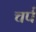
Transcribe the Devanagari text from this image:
चर्प